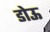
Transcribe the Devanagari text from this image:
डोऊ